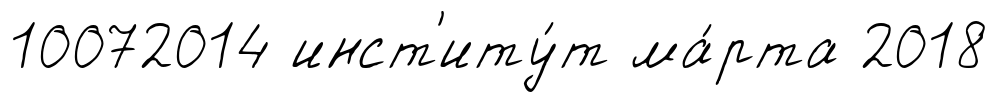
10072014 инст'иту́т ма́рта 2018